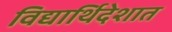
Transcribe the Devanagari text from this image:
विद्यार्थिदेशात